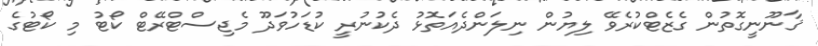
ޤާނޫނީގޮތުން ގެޒެޓްކުރެވޭ ލިޔުން ނިލަންދެއަތޮޅު ދެކުނުރީ ކުޑަހުވަދޫ މެޖިސްޓްރޭޓް ކޯޓު މި ކޯޓުގެ